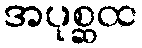
အပုစ္ဆထ